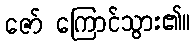
ဇော် ကြောင်သွား၏။